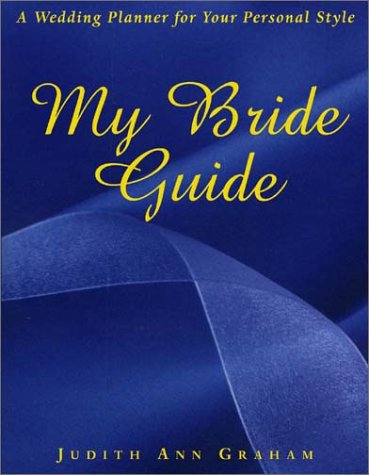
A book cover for My Bride Guide: A Wedding Planner for Your Personal Style; Judith Ann Graham; Crafts, Hobbies & Home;